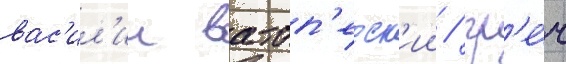
вас'ил'ии ватоп'едск'ии / гр'е́ч